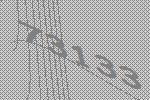
73133